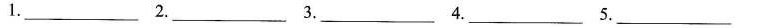
nly time we ever have, the only time in which we can act.